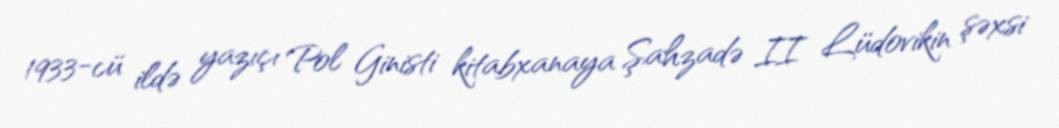
1933-cü ildə yazıçı Pol Ginisti kitabxanaya Şahzadə II Lüdovikin şəxsi